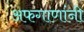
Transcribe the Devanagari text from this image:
अफगाणांनी